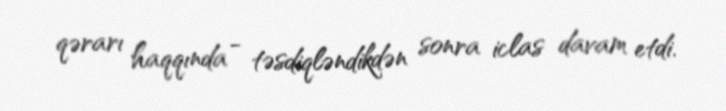
qərarı haqqında - təsdiqləndikdən sonra iclas davam etdi.